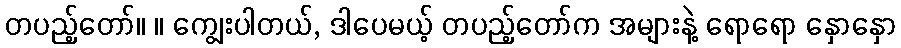
တပည့်တော်။ ။ ကျွေးပါတယ်, ဒါပေမယ့် တပည့်တော်က အများနဲ့ ရောရော နှောနှော